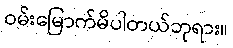
ဝမ်းမြောက်မိပါတယ်ဘုရား။